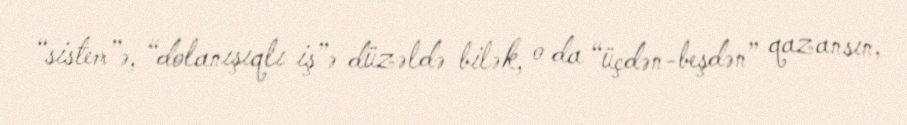
“sistem”ə, “dolanışıqlı iş”ə düzəldə bilək, o da “üçdən-beşdən” qazansın,